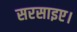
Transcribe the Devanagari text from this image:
सरसाइए।